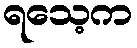
ရသေ့က